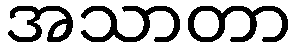
အသာတာ